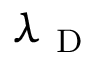
\lambda _ { \mathrm { ~ D ~ } }